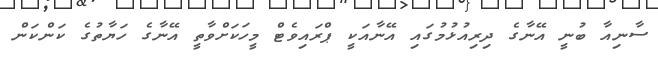
ސާނިއާ ބުނީ އޭނާގެ ދިރިއުޅުމުގައި އޭނާއަކީ ޕްރައިވެޓް މީހަކަށްވާތީ އޭނާގެ ހަޔާތުގެ ކަންކަން